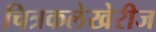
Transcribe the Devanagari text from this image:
चित्रकलेखेरीज